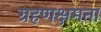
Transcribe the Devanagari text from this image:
ग्रहणक्षमता